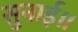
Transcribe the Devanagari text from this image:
सुनाई॥